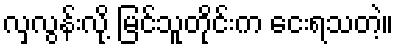
လှလွန်းလို့ မြင်သူတိုင်းက ငေးရသတဲ့။